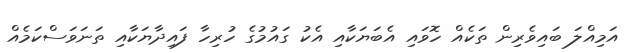
އަމިއްލަ ބައިވެރިން ތަކެއް ހޮވައި އެބަޔަކާއި އެކު ގައުމުގެ ހުރިހާ ފައިދާޔަކާއި ތަނަވަސްކަމެއް